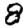
Digit: 8